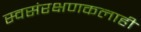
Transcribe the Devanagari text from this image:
स्वसंरक्षणकलाही